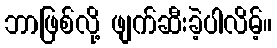
ဘာဖြစ်လို့ ဖျက်ဆီးခဲ့ပါလိမ့်။